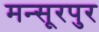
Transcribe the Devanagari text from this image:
मन्सूरपुर